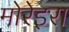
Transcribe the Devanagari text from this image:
मोरेइरा